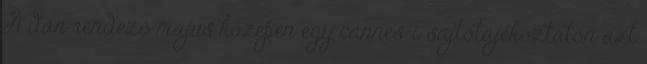
A dán rendező május közepén egy cannes-i sajtótájékoztatón azt